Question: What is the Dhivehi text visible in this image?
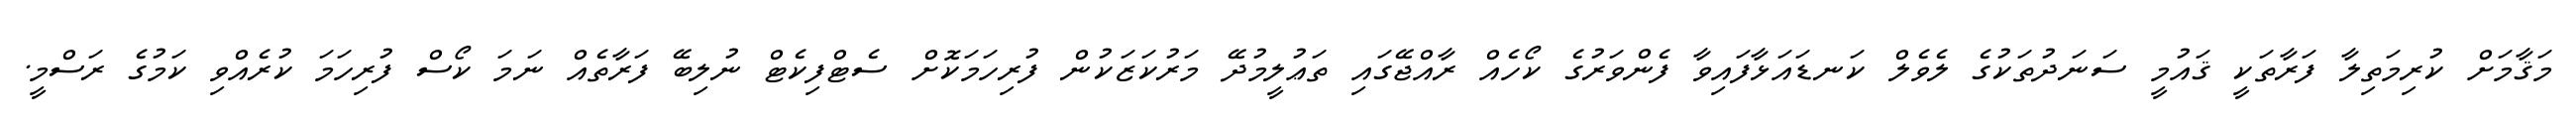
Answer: މަޤާމަށް ކުރިމަތިލާ ފަރާތަކީ ޤައުމީ ސަނަދުތަކުގެ ލެވެލް ކަނޑައަޅާފައިވާ ފެންވަރުގެ ކޯހެއް ރާއްޖޭގައި ތަޢުލީމުދޭ މަރުކަޒަކުން ފުރިހަމަކޮށް ސެޓްފިކެޓް ނުލިބޭ ފަރާތެއް ނަމަ ކޯސް ފުރިހަމަ ކުރެއްވި ކަމުގެ ރަސްމީ.